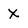
Character: X